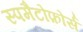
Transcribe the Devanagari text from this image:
स्पमैटोफ़ोर्स